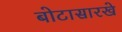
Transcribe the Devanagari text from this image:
बोटासारखे